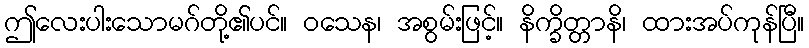
ဤလေးပါးသောမဂ်တို့၏ပင်။ ဝသေန၊ အစွမ်းဖြင့်။ နိက္ခိတ္တာနိ၊ ထားအပ်ကုန်ပြီ။